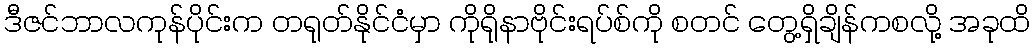
ဒီဇင်ဘာလကုန်ပိုင်းက တရုတ်နိုင်ငံမှာ ကိုရိုနာဗိုင်းရပ်စ်ကို စတင် တွေ့ရှိချိန်ကစလို့ အခုထိ